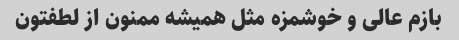
بازم عالی و خوشمزه مثل همیشه ممنون از لطفتون